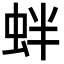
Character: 𧉻